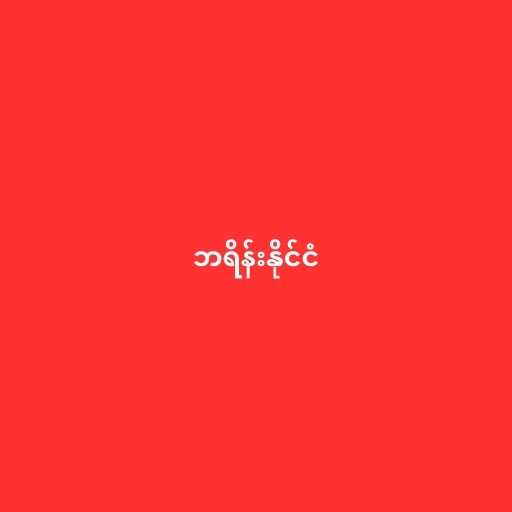
ဘရိန်းနိုင်ငံ